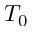
T _ { 0 }